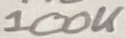
Text: 100K